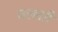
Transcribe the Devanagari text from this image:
जल्लरी